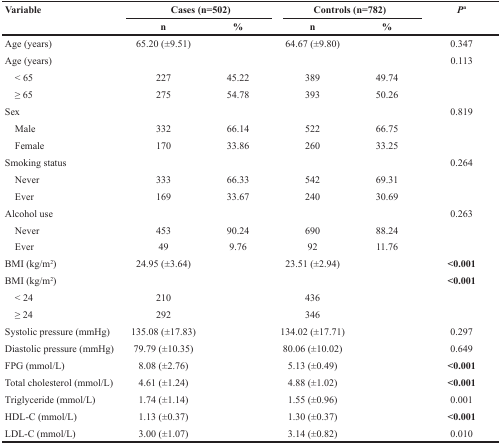
| Variable | <COLSPAN=2> Cases (n=502) | <COLSPAN=2> Controls (n=782) | Pa |
 |  | n | % | n | % |  |
 | --- | --- | --- | --- | --- | --- |
 | Age (years) | 65.20 (±9.51) |  | 64.67 (±9.80) |  | 0.347 |
 | Age (years) |  |  |  |  | 0.113 |
 | < 65 | 227 | 45.22 | 389 | 49.74 |  |
 | ≥ 65 | 275 | 54.78 | 393 | 50.26 |  |
 | Sex |  |  |  |  | 0.819 |
 | Male | 332 | 66.14 | 522 | 66.75 |  |
 | Female | 170 | 33.86 | 260 | 33.25 |  |
 | Smoking status |  |  |  |  | 0.264 |
 | Never | 333 | 66.33 | 542 | 69.31 |  |
 | Ever | 169 | 33.67 | 240 | 30.69 |  |
 | Alcohol use |  |  |  |  | 0.263 |
 | Never | 453 | 90.24 | 690 | 88.24 |  |
 | Ever | 49 | 9.76 | 92 | 11.76 |  |
 | BMI (kg/m2) | 24.95 (±3.64) |  | 23.51 (±2.94) |  | <0.001 |
 | BMI (kg/m2) |  |  |  |  | <0.001 |
 | < 24 | 210 |  | 436 |  |  |
 | ≥ 24 | 292 |  | 346 |  |  |
 | Systolic pressure (mmHg) | 135.08 (±17.83) |  | 134.02 (±17.71) |  | 0.297 |
 | Diastolic pressure (mmHg) | 79.79 (±10.35) |  | 80.06 (±10.02) |  | 0.649 |
 | FPG (mmol/L) | 8.08 (±2.76) |  | 5.13 (±0.49) |  | <0.001 |
 | Total cholesterol (mmol/L) | 4.61 (±1.24) |  | 4.88 (±1.02) |  | <0.001 |
 | Triglyceride (mmol/L) | 1.74 (±1.14) |  | 1.55 (±0.96) |  | 0.001 |
 | HDL-C (mmol/L) | 1.13 (±0.37) |  | 1.30 (±0.37) |  | <0.001 |
 | LDL-C (mmol/L) | 3.00 (±1.07) |  | 3.14 (±0.82) |  | 0.010 |